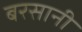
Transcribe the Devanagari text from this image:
बरसानी